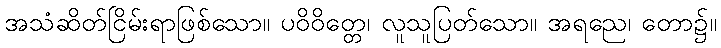
အသံဆိတ်ငြိမ်းရာဖြစ်သော။ ပဝိဝိတ္တေ၊ လူသူပြတ်သော။ အရညေ၊ တော၌။